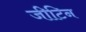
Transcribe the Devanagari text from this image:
जीटिन